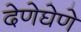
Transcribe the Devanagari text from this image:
देणेघेणे